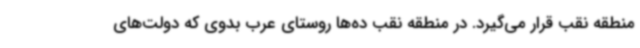
منطقه نقب قرار می‌گیرد. در منطقه نقب ده‌ها روستای عرب بدوی که دولت‌های